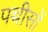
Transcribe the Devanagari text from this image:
पच्चीसों